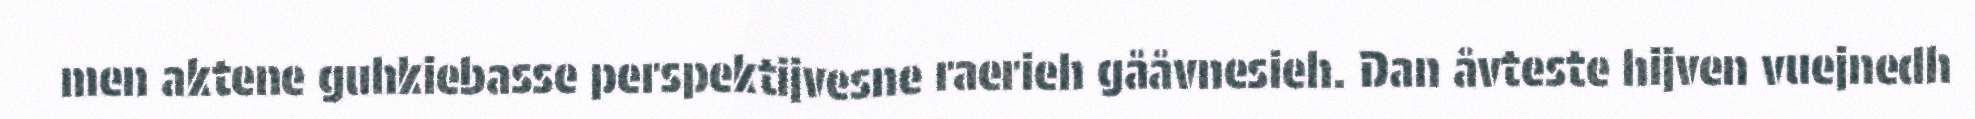
men aktene guhkiebasse perspektijvesne raerieh gååvnesieh. Dan åvteste hijven vuejnedh